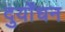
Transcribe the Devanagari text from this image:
दुर्योंधन